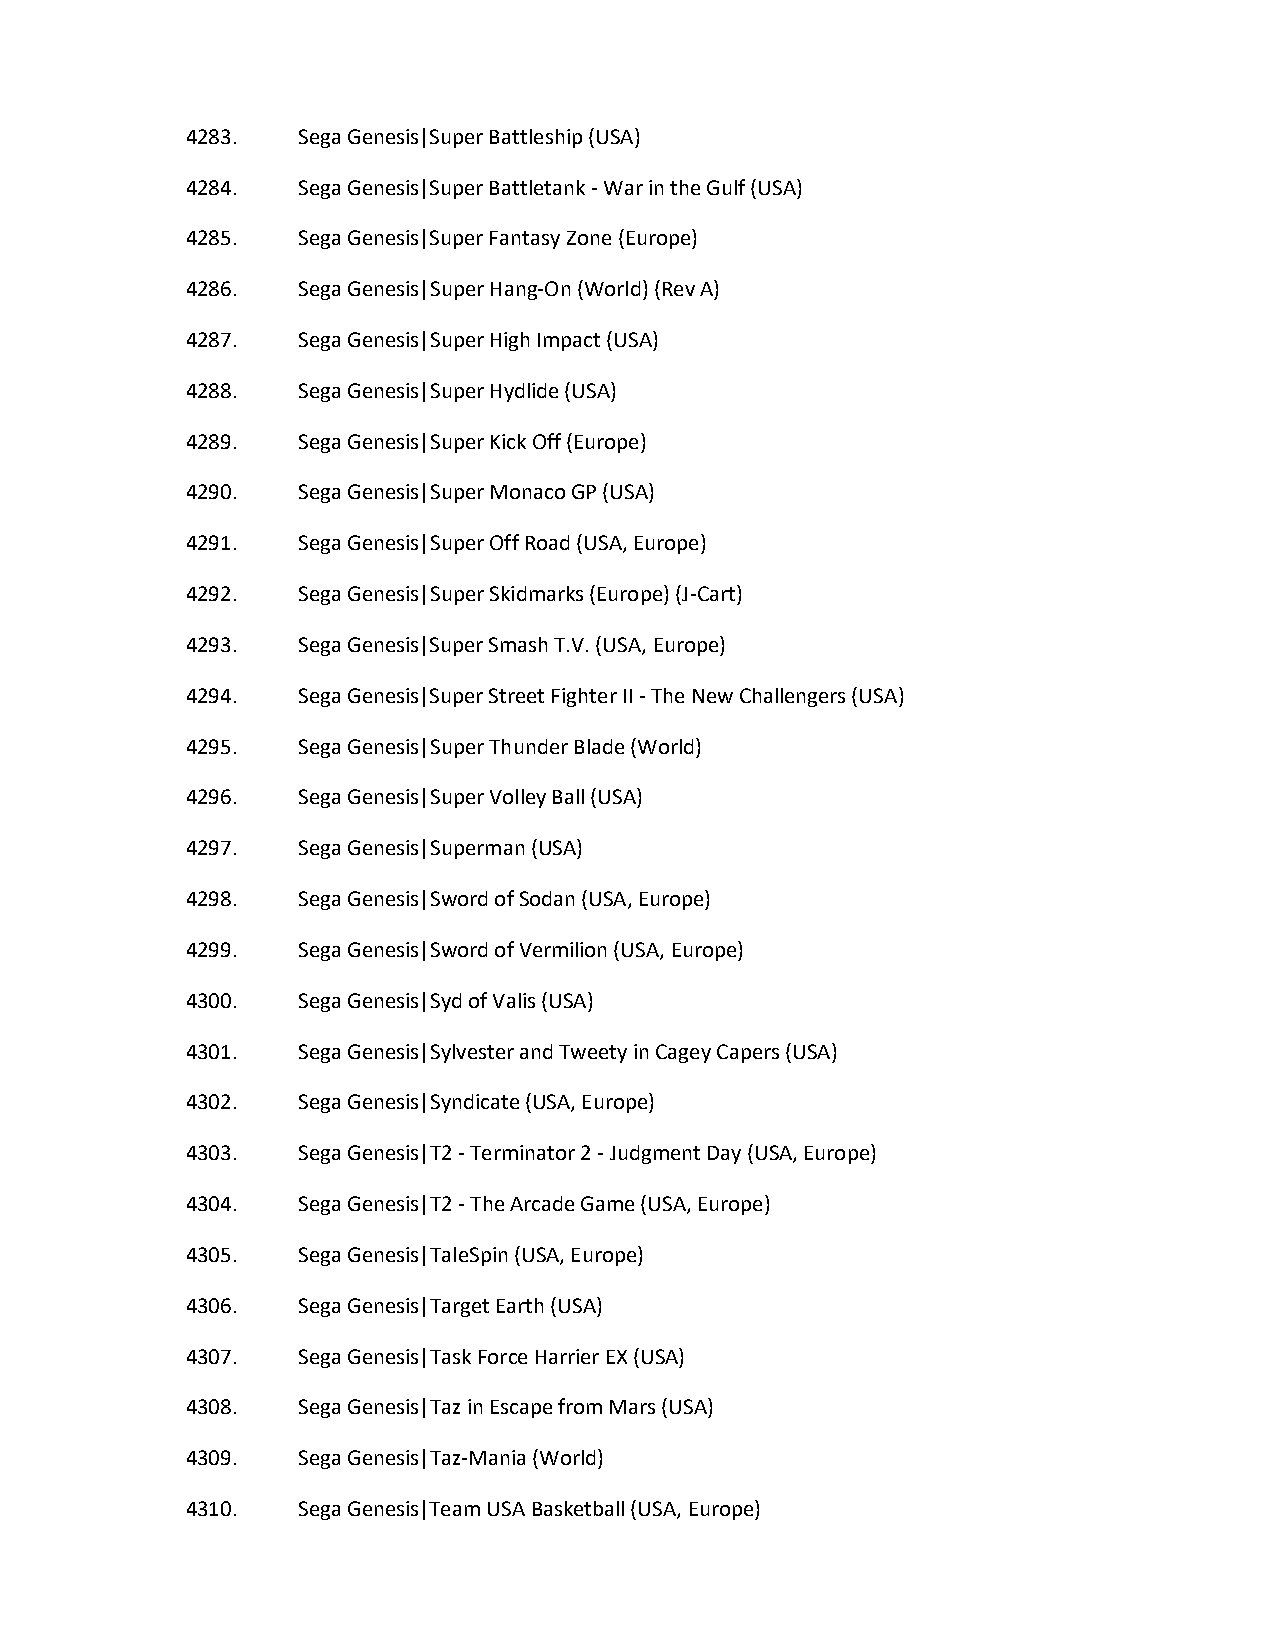
4283.   Sega Genesis|Super Battleship (USA)
 4284.   Sega Genesis|Super Battletank - War in the Gulf (USA)
 4285.   Sega Genesis|Super Fantasy Zone (Europe)
 4286.   Sega Genesis|Super Hang-On (World) (Rev A)
 4287.   Sega Genesis|Super High Impact (USA)
 4288.   Sega Genesis|Super Hydlide (USA)
 4289.   Sega Genesis|Super Kick Off (Europe)
 4290.   Sega Genesis|Super Monaco GP (USA)
 4291.   Sega Genesis|Super Off Road (USA, Europe)
 4292.   Sega Genesis|Super Skidmarks (Europe) (J-Cart)
 4293.   Sega Genesis|Super Smash T.V. (USA, Europe)
 4294.   Sega Genesis|Super Street Fighter II - The New Challengers (USA)
 4295.   Sega Genesis|Super Thunder Blade (World)
 4296.   Sega Genesis|Super Volley Ball (USA)
 4297.   Sega Genesis|Superman (USA)
 4298.   Sega Genesis|Sword of Sodan (USA, Europe)
 4299.   Sega Genesis|Sword of Vermilion (USA, Europe)
 4300.   Sega Genesis|Syd of Valis (USA)
 4301.   Sega Genesis|Sylvester and Tweety in Cagey Capers (USA)
 4302.   Sega Genesis|Syndicate (USA, Europe)
 4303.   Sega Genesis|T2 - Terminator 2 - Judgment Day (USA, Europe)
 4304.   Sega Genesis|T2 - The Arcade Game (USA, Europe)
 4305.   Sega Genesis|TaleSpin (USA, Europe)
 4306.   Sega Genesis|Target Earth (USA)
 4307.   Sega Genesis|Task Force Harrier EX (USA)
 4308.   Sega Genesis|Taz in Escape from Mars (USA)
 4309.   Sega Genesis|Taz-Mania (World)
 4310.   Sega Genesis|Team USA Basketball (USA, Europe)